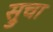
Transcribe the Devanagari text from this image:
स्रुचा